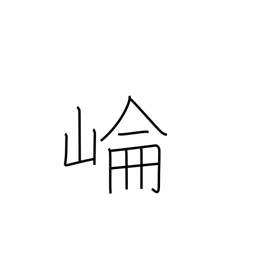
Meaning: Kunlun mountains in Jiangsu